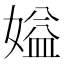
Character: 㜋